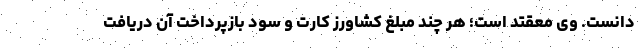
دانست. وی معقتد است؛ هر چند مبلغ کشاورز کارت و سود بازپرداخت آن دریافت